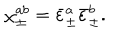
\chi _ { \pm } ^ { a b } = \bar { \varepsilon } _ { \pm } ^ { a } \bar { \varepsilon } _ { \pm } ^ { b } .